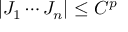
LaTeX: | J _ { 1 } \cdots J _ { n } | \leq C ^ { p }